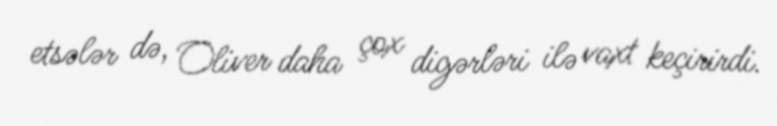
etsələr də, Oliver daha çox digərləri ilə vaxt keçirirdi.